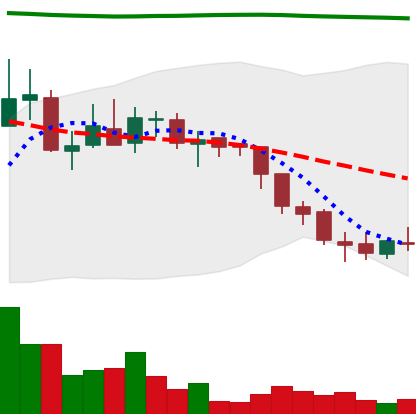
Ticker: ADA-USD
Chart end date: 2018-08-06
Forward return: -13.875%
Label: down_7plus